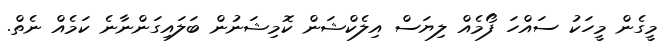
މީގެން މީހަކު ސައްހަ ފޯމެއް ލިޔަސް އިލެކްޝަން ކޮމިޝަނުން ބަލައިގަންނާނެ ކަމެއް ނެތް.